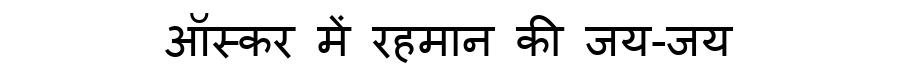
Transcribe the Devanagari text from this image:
ऑस्कर में रहमान की जय-जय